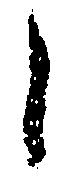
候